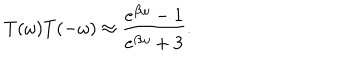
T ( \omega ) T ( - \omega ) \approx \frac { e ^ { \beta \omega } - 1 } { e ^ { \beta \omega } + 3 } .